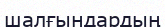
шалғындардың